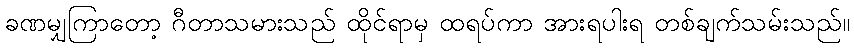
ခဏမျှကြာတော့ ဂီတာသမားသည် ထိုင်ရာမှ ထရပ်ကာ အားရပါးရ တစ်ချက်သမ်းသည်။